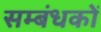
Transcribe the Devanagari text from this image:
सम्बंधकों